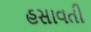
હસાવતી